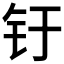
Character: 𰽗